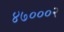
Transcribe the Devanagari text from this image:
४७०००२